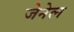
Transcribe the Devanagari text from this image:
जेनेल